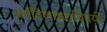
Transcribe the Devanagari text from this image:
क्रांतिलढ्याविषयी